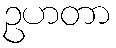
ဥဟတာ